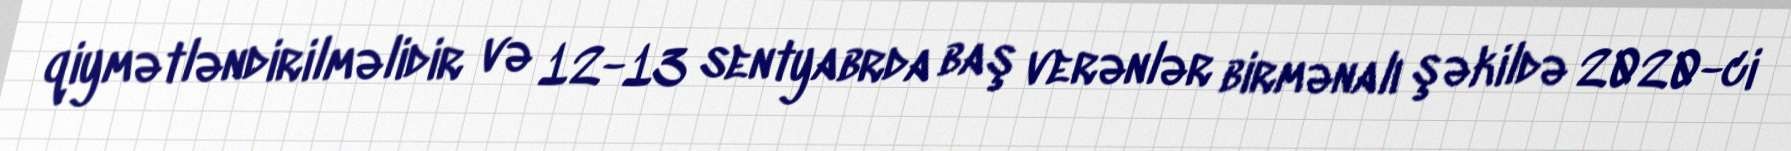
qiymətləndirilməlidir və 12-13 sentyabrda baş verənlər birmənalı şəkildə 2020-ci